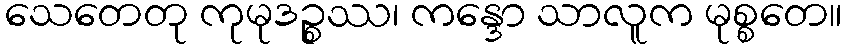
သေတေတု ကုမုဒဉ္စဿ၊ ကန္ဒော သာလူက မုစ္စတေ။